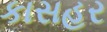
કાસહર